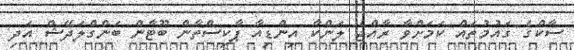
ސާކްގެ ގައުމުތައް ކަމަށްވާ ރާއްޖެ ލަންކާ އިންޑިއާ ޕާކިސްތާން ބޫޓާން ބަންގްލަދޭޝް އަދި